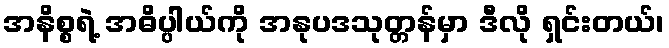
အနိစ္စရဲ့ အဓိပ္ပါယ်ကို အနုပဒသုတ္တန်မှာ ဒီလို ရှင်းတယ်၊